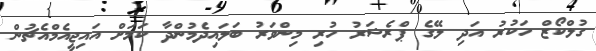
ގުލްކޯޒް ހަކުރު އަދި ލޭގެ ޕްރެޝަރު ހުރި މިންވަރު ބަލައިދެމުންދާ ކަމަށް އައިޖީއެމްއެޗުން